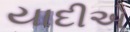
યાદીએ